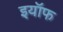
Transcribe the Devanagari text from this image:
इयॉफ